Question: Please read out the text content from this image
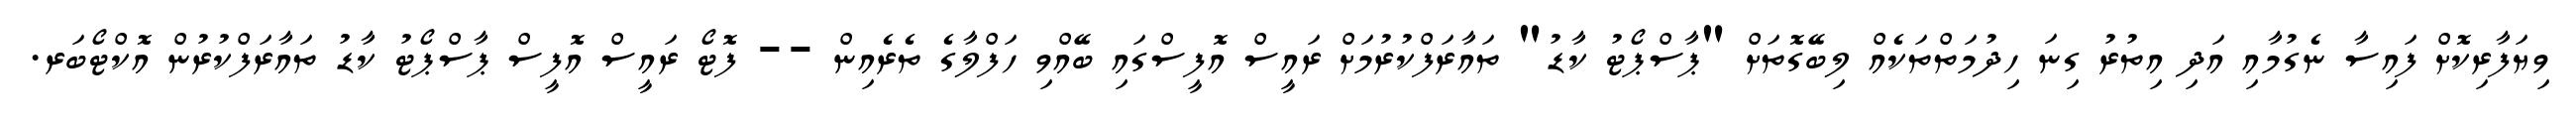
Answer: ވިޔަފާރިކޮށް ފައިސާ ނެގުމާއި އަދި އިތުރު ގިނަ ހިދުމަތްތަކެއް ލިބޭގޮތަށް "ޕާސްޕޯޓު ކާޑު" ތައާރަފްކުރުމަށް ރައީސް އޮފީސްގައި ބޭއްވި ހަފްލާގެ ތެރެއިން -- ފޮޓޯ ރައީސް އޮފީސް ޕާސްޕޯޓު ކާޑު ތައާރަފްކުރުން އޮކްޓޯބަރ.